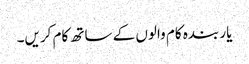
یار بندہ کام والوں کے ساتھ کام کریں۔